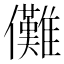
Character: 儺